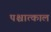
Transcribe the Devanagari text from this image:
पश्चात्काल